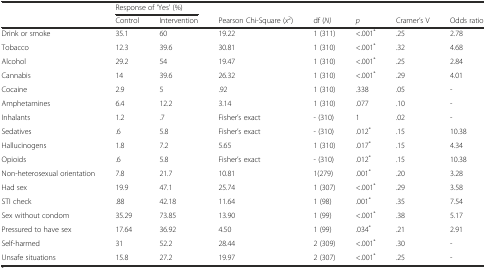
<table><thead><tr><td></td><td colspan="2"><b>Response of ‘Yes’ (%)</b></td><td></td><td></td><td></td><td></td><td></td></tr><tr><td></td><td><b>Control</b></td><td><b>Intervention</b></td><td><b>Pearson Chi-Square (<i>x</i><sup>2</sup>)</b></td><td><b>df (<i>N)</i></b></td><td><b><i>p</i></b></td><td><b>Cramer’s V</b></td><td><b>Odds ratio</b></td></tr></thead><tbody><tr><td>Drink or smoke</td><td>35.1</td><td>60</td><td>19.22</td><td>1 (311)</td><td>&lt;.001<sup>*</sup></td><td>.25</td><td>2.78</td></tr><tr><td>Tobacco</td><td>12.3</td><td>39.6</td><td>30.81</td><td>1 (310)</td><td>&lt;.001<sup>*</sup></td><td>.32</td><td>4.68</td></tr><tr><td>Alcohol</td><td>29.2</td><td>54</td><td>19.47</td><td>1 (310)</td><td>&lt;.001<sup>*</sup></td><td>.25</td><td>2.84</td></tr><tr><td>Cannabis</td><td>14</td><td>39.6</td><td>26.32</td><td>1 (310)</td><td>&lt;.001<sup>*</sup></td><td>.29</td><td>4.01</td></tr><tr><td>Cocaine</td><td>2.9</td><td>5</td><td>.92</td><td>1 (310)</td><td>.338</td><td>.05</td><td>-</td></tr><tr><td>Amphetamines</td><td>6.4</td><td>12.2</td><td>3.14</td><td>1 (310)</td><td>.077</td><td>.10</td><td>-</td></tr><tr><td>Inhalants</td><td>1.2</td><td>.7</td><td>Fisher’s exact</td><td>- (310)</td><td>1</td><td>.02</td><td>-</td></tr><tr><td>Sedatives</td><td>.6</td><td>5.8</td><td>Fisher’s exact</td><td>- (310)</td><td>.012<sup>*</sup></td><td>.15</td><td>10.38</td></tr><tr><td>Hallucinogens</td><td>1.8</td><td>7.2</td><td>5.65</td><td>1 (310)</td><td>.017<sup>*</sup></td><td>.15</td><td>4.34</td></tr><tr><td>Opioids</td><td>.6</td><td>5.8</td><td>Fisher’s exact</td><td>- (310)</td><td>.012<sup>*</sup></td><td>.15</td><td>10.38</td></tr><tr><td>Non-heterosexual orientation</td><td>7.8</td><td>21.7</td><td>10.81</td><td>1(279)</td><td>.001<sup>*</sup></td><td>.20</td><td>3.28</td></tr><tr><td>Had sex</td><td>19.9</td><td>47.1</td><td>25.74</td><td>1 (307)</td><td>&lt;.001<sup>*</sup></td><td>.29</td><td>3.58</td></tr><tr><td>STI check</td><td>.88</td><td>42.18</td><td>11.64</td><td>1 (98)</td><td>.001<sup>*</sup></td><td>.35</td><td>7.54</td></tr><tr><td>Sex without condom</td><td>35.29</td><td>73.85</td><td>13.90</td><td>1 (99)</td><td>&lt;.001<sup>*</sup></td><td>.38</td><td>5.17</td></tr><tr><td>Pressured to have sex</td><td>17.64</td><td>36.92</td><td>4.50</td><td>1 (99)</td><td>.034<sup>*</sup></td><td>.21</td><td>2.91</td></tr><tr><td>Self-harmed</td><td>31</td><td>52.2</td><td>28.44</td><td>2 (309)</td><td>&lt;.001<sup>*</sup></td><td>.30</td><td>-</td></tr><tr><td>Unsafe situations</td><td>15.8</td><td>27.2</td><td>19.97</td><td>2 (307)</td><td>&lt;.001<sup>*</sup></td><td>.25</td><td>-</td></tr></tbody></table>